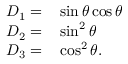
\begin{array} { r l } { D _ { 1 } = } & { { } \sin \theta \cos \theta } \\ { D _ { 2 } = } & { { } \sin ^ { 2 } \theta } \\ { D _ { 3 } = } & { { } \cos ^ { 2 } \theta . } \end{array}